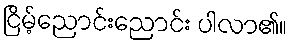
ငြိမ့်ညောင်းညောင်း ပါလာ၏။